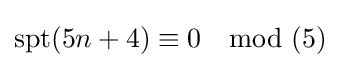
\mathrm {spt} (5n+4)\equiv 0\mod (5)